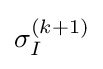
\sigma _{I}^{(k+1)}